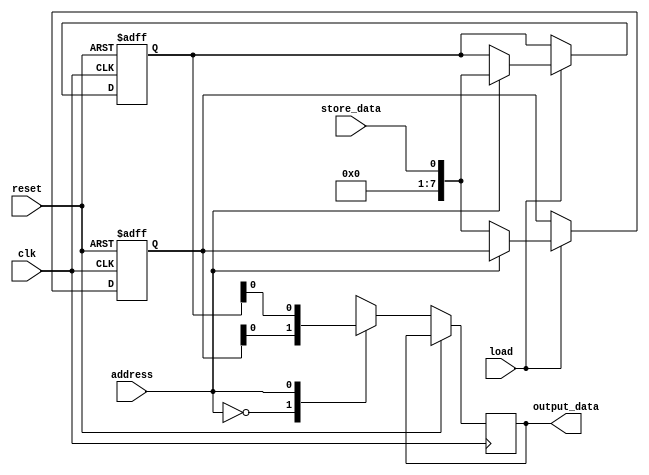
module register_file(
  input wire clk,             // Clock signal
  input wire reset,           // Reset signal
  input wire load,            // Load signal
  input wire store_data,      // Data to be stored in register
  input wire address,         // Address of register
  output reg output_data      // Data read from register
);

reg [7:0] registers [0:7];    // Eight 8-bit registers
integer i;                    // Loop index

always @(posedge clk or posedge reset) begin
  if (reset) begin
    for (i = 0; i < 8; i = i + 1) begin
      registers[i] <= 8'd0;   // Reset all registers to 0
    end
  end else begin
    if (load) begin
      registers[address] <= store_data;  // Load data into specified register
    end
    output_data <= registers[address];   // Output data from specified register
  end
end

endmodule